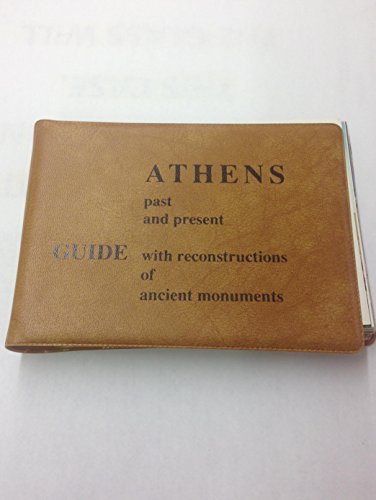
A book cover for Athens: A Guide with Reconstructions of Ancient Monuments (Past & Present); Niki Drosseu Panaiotou; Travel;